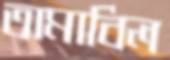
তামাবিল